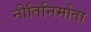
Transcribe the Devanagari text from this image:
नीतिनिर्माता